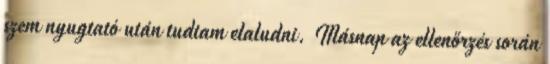
szem nyugtató után tudtam elaludni. Másnap az ellenőrzés során